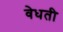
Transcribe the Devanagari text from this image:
वेधती